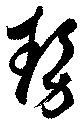
勢